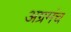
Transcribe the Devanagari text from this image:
अग्रमंच